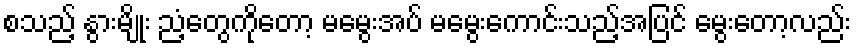
စသည့် နွားမျိုး ညံ့တွေကိုတော့ မမွေးအပ် မမွေးကောင်းသည့်အပြင် မွေးတော့လည်း